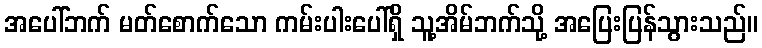
အပေါ်ဘက် မတ်စောက်သော ကမ်းပါးပေါ်ရှိ သူ့အိမ်ဘက်သို့ အပြေးပြန်သွားသည်။